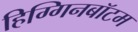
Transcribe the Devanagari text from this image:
हिग्गिनबॉटम